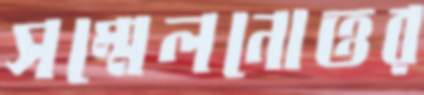
সম্মেলনোত্তর